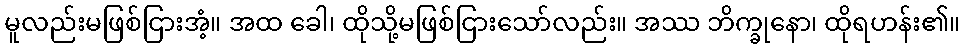
မူလည်းမဖြစ်ငြားအံ့။ အထ ခေါ၊ ထိုသို့မဖြစ်ငြားသော်လည်း။ အဿ ဘိက္ခုနော၊ ထိုရဟန်း၏။